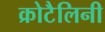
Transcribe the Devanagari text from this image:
क्रोटैलिनी